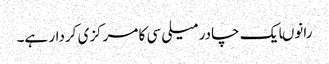
رانوںایک چادر میلی سی کا مرکزی کردار ہے۔